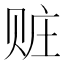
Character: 赃